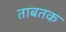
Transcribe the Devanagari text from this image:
ताबतक